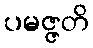
ပမဇ္ဇတိ